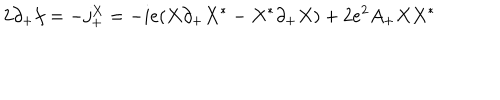
2 \partial _ { + } f = - j _ { + } ^ { X } = - i e ( X \partial _ { + } X ^ { * } - X ^ { * } \partial _ { + } X ) + 2 e ^ { 2 } A _ { + } X X ^ { * }